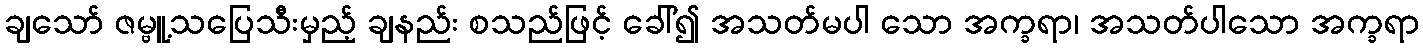
ချသော် ဇမ္ဗူ့သပြေသီးမှည့် ချနည်း စသည်ဖြင့် ခေါ်၍ အသတ်မပါ သော အက္ခရာ၊ အသတ်ပါသော အက္ခရာ